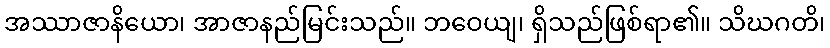
အဿာဇာနိယော၊ အာဇာနည်မြင်းသည်။ ဘဝေယျ၊ ရှိသည်ဖြစ်ရာ၏။ သိဃဂတိ၊